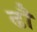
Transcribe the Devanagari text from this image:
ढौ